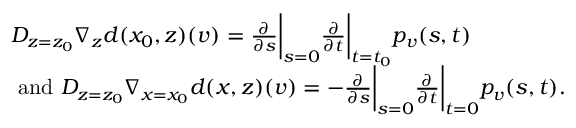
\begin{array} { r l } & { D _ { z = z _ { 0 } } \nabla _ { z } d ( x _ { 0 } , z ) ( v ) = \frac { \partial } { \partial s } \bigg | _ { s = 0 } \frac { \partial } { \partial t } \bigg | _ { t = t _ { 0 } } p _ { v } ( s , t ) } \\ & { \mathrm { ~ a n d ~ } D _ { z = z _ { 0 } } \nabla _ { x = x _ { 0 } } d ( x , z ) ( v ) = - \frac { \partial } { \partial s } \bigg | _ { s = 0 } \frac { \partial } { \partial t } \bigg | _ { t = 0 } p _ { v } ( s , t ) . } \end{array}